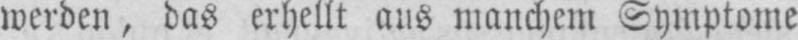
werden, das erhellt aus manchem Symptome